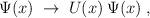
LaTeX: \begin{align*}\Psi(x) \;\rightarrow\; U(x) \:\Psi(x) \;, \end{align*}